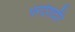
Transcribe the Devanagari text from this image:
परदेशदौरे